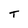
Character: t